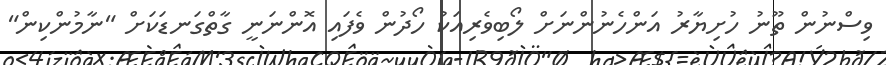
ވިސްނުން ތޫނު ހުށިޔާރު އަންހެނުންނަށް ލޯބިވެރިއަކު ހޯދުން ވެފައި އޮންނަނީ ގާތްގަނޑަކަށް "ނާމުންކިން"